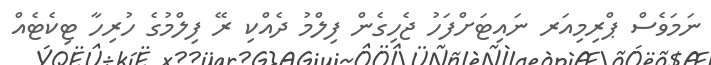
ނަމަވެސް ޕްރިމިއަރ ނައިޓަށްފަހު ޖެހިގެން ފިލްމު ދެއްކި ރޭ ފިލްމުގެ ހުރިހާ ޓިކެޓެއް